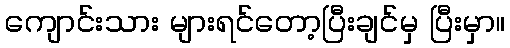
ကျောင်းသား များရင်တော့ပြီးချင်မှ ပြီးမှာ။